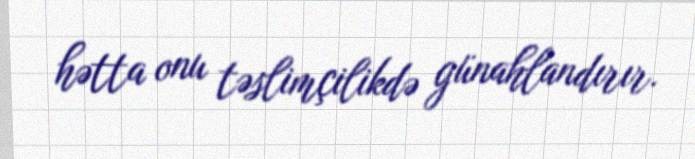
hətta onu təslimçilikdə günahlandırır.